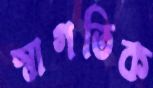
স্বাগতিক